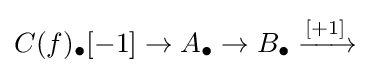
C(f)_{\bullet }[-1]\to A_{\bullet }\to B_{\bullet }\xrightarrow {[+1]}